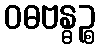
ဝဓဗန္ဓဉ္စ